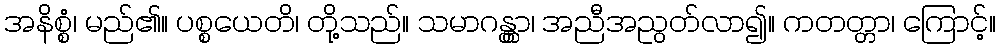
အနိစ္စံ၊ မည်၏။ ပစ္စယေတိ၊ တို့သည်။ သမာဂန္တွာ၊ အညီအညွတ်လာ၍။ ကတတ္တာ၊ ကြောင့်။